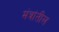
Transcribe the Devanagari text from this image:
मंत्रांतील